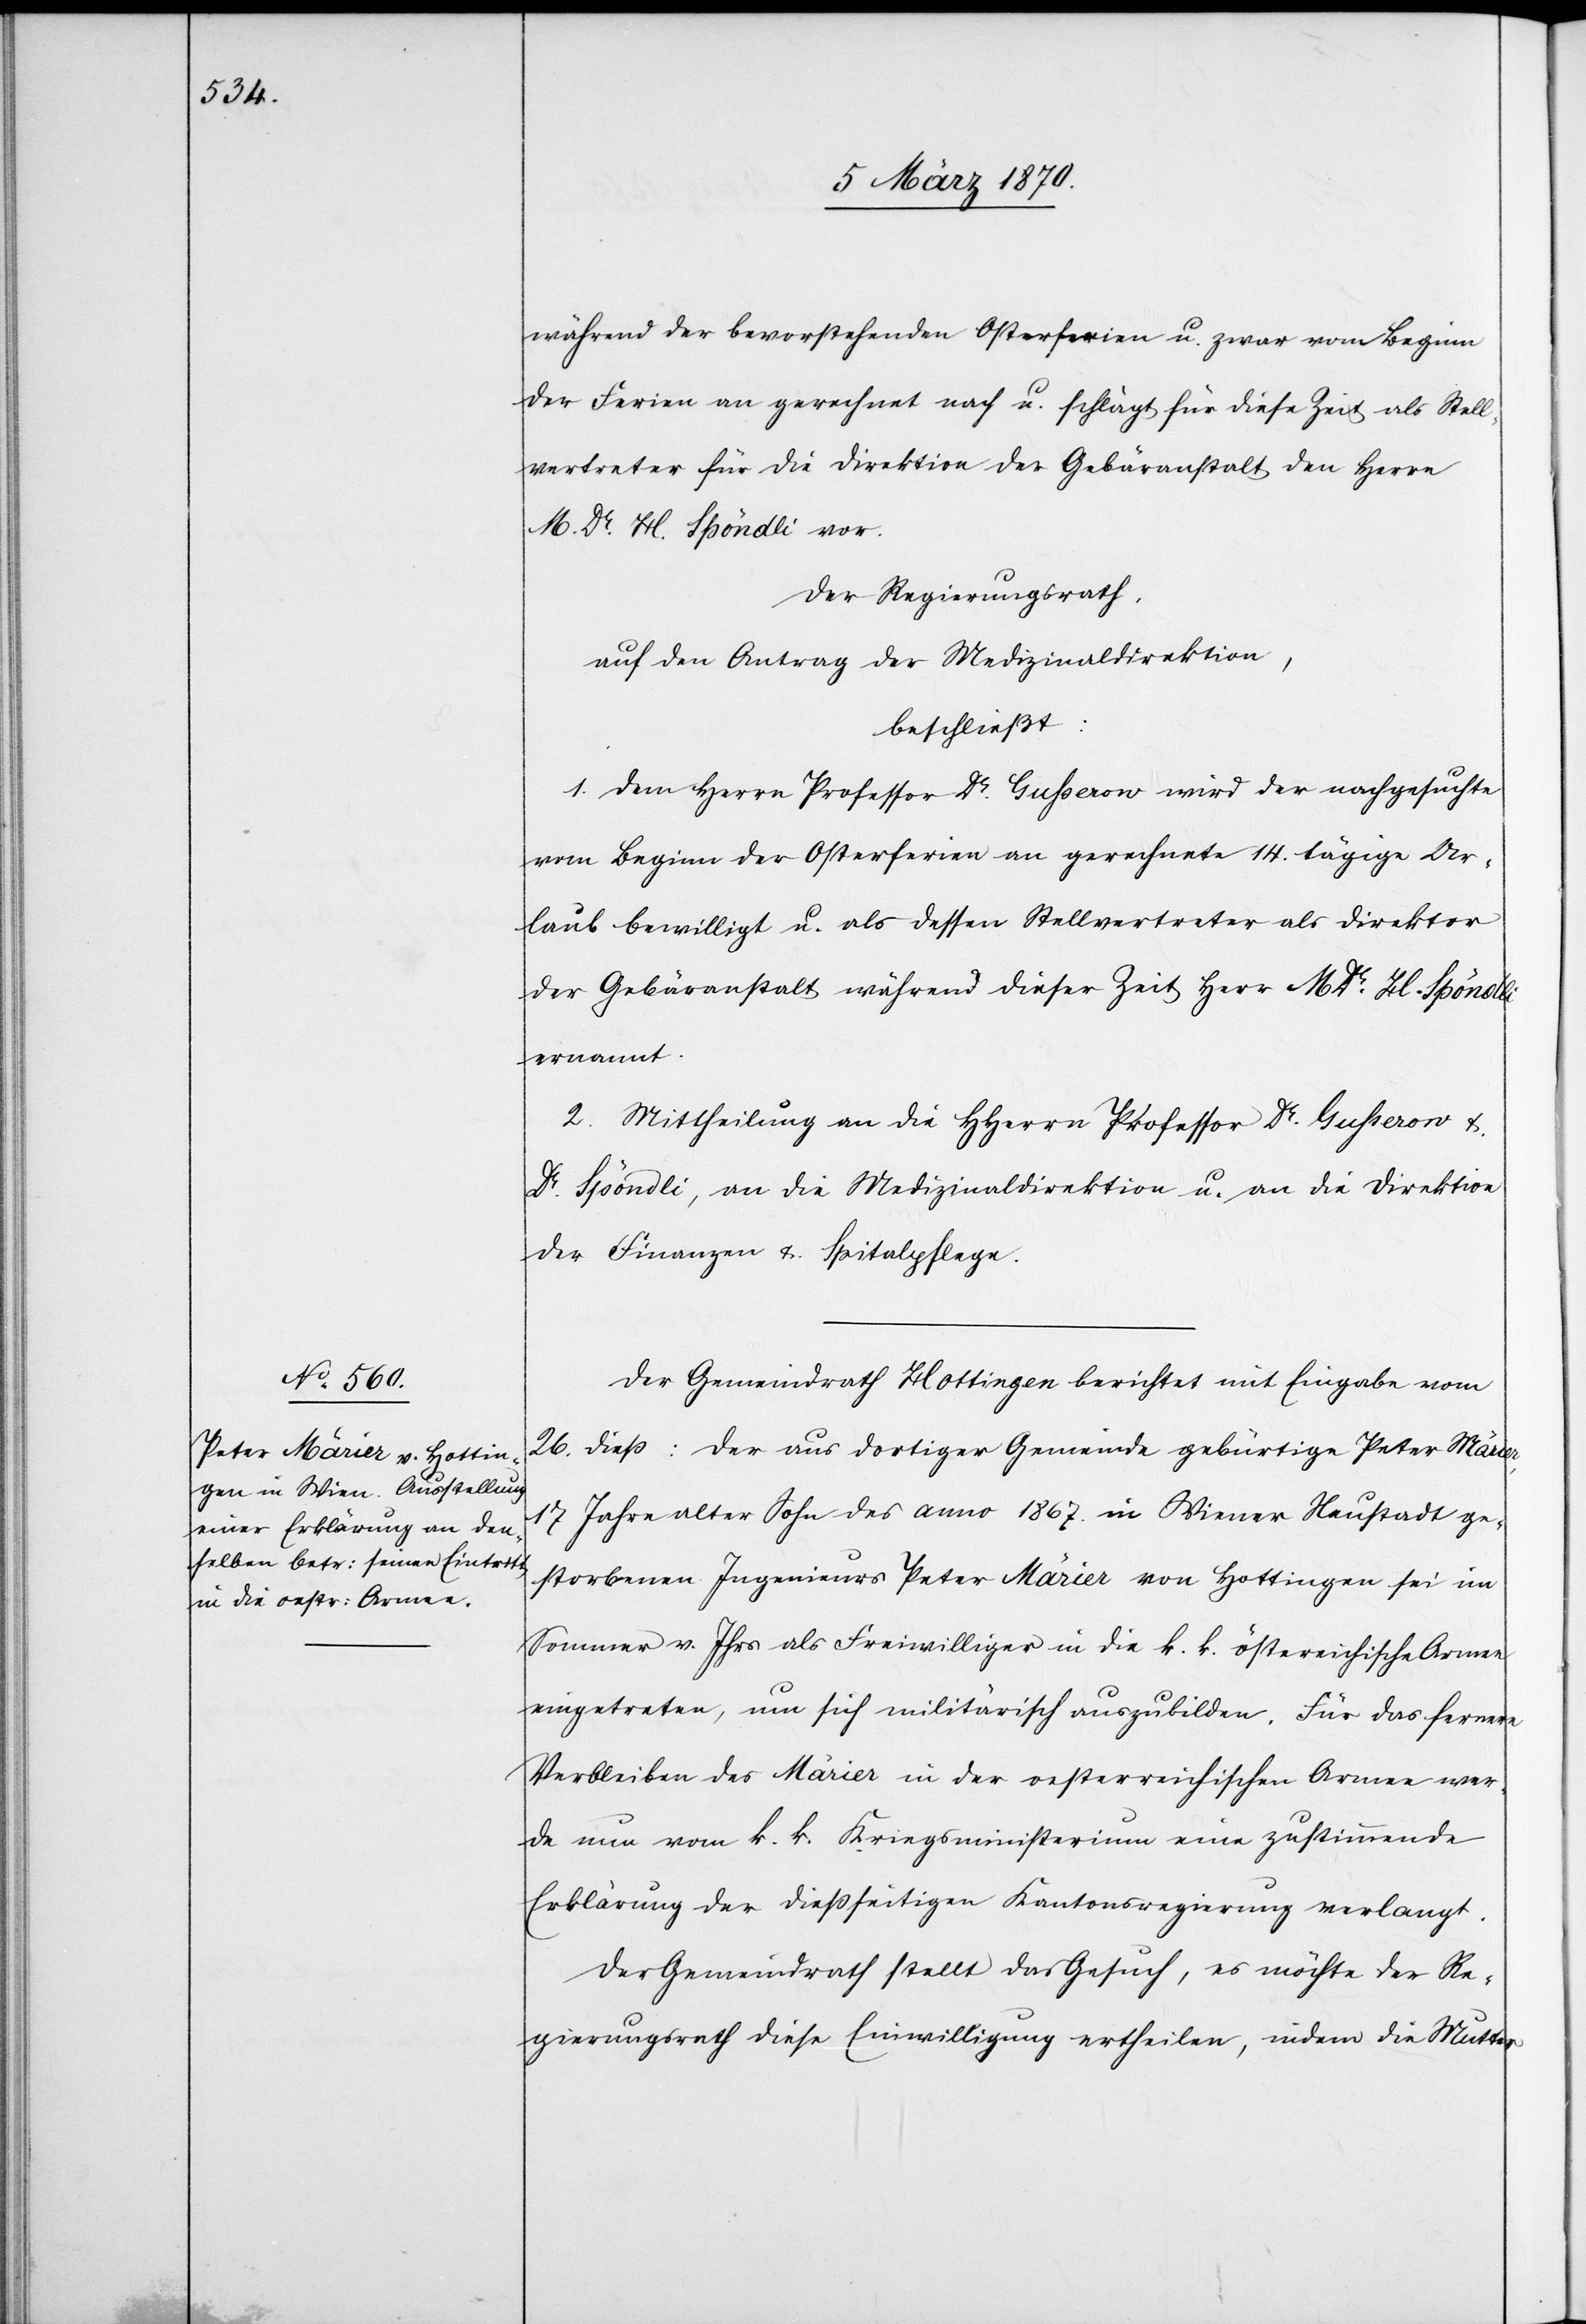
der Ferien an gerechnet nach u. schlägt für diese Zeit als Stell¬
vertreter für die Direktion der Gabäranstalt den Herrn
M. Dr. H. Spöndli vor.
Der Regierungsrath,
auf den Antrag der Medizinaldirektion,
beschließt:
1. Dem Herrn Professor Dr. Gusserow wird der nachgesuchte
vom Beginn der Osterferien an gerechnete 14. tägige Ur¬
laub bewilligt u. als dessen Stellvertreter als Direktor
der Gebäranstalt während dieser Zeit Herr M Dr. H. Spöndli
ernannt.
2. Mittheilung an die HHerrn Professor Dr. Gusserow &
Dr. Spöndli, an die Medizinaldirektion u. an die Direktion
der Finanzen & Spitalpflege.
Der Gemeindrath Hottingen berichtet mit Eingabe vom
26. dieß: Der aus dortiger Gemeinde gebürtige Peter Märier,
17 Jahre alter Sohn des anno 1867. in Wiener Neustadt ge¬
storbenen Ingenieurs Peter Märier von Hottingen sei im
Sommer v. Jhrs als Freiwilliger in die k. k. östereichische Armee
eingetreten, um sich militärisch auszubilden. Für das fernere
Verbleiben des Märier in der oesterreichischen Armee wer¬
de nun vom k. k. Kriegsministerium eine zustimmende
Erklärung der dießseitigen Kantonsregierung verlangt.
Der Gemeindrath stellt das Gesuch, es möchte der Re¬
gierungsrath diese Einwilligung ertheilen, indem die Mutter